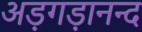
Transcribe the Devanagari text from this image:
अड़गड़ानन्द